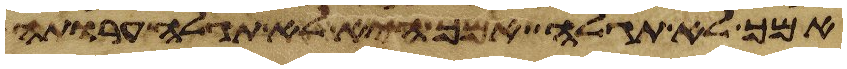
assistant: אמך לא תגלה אמך היא לא תגלה ערותה